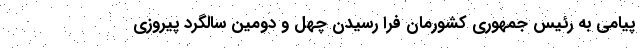
پیامی به رئیس جمهوری کشورمان فرا رسیدن چهل و دومین سالگرد پیروزی